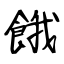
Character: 餓